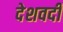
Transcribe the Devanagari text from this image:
देशवर्दी